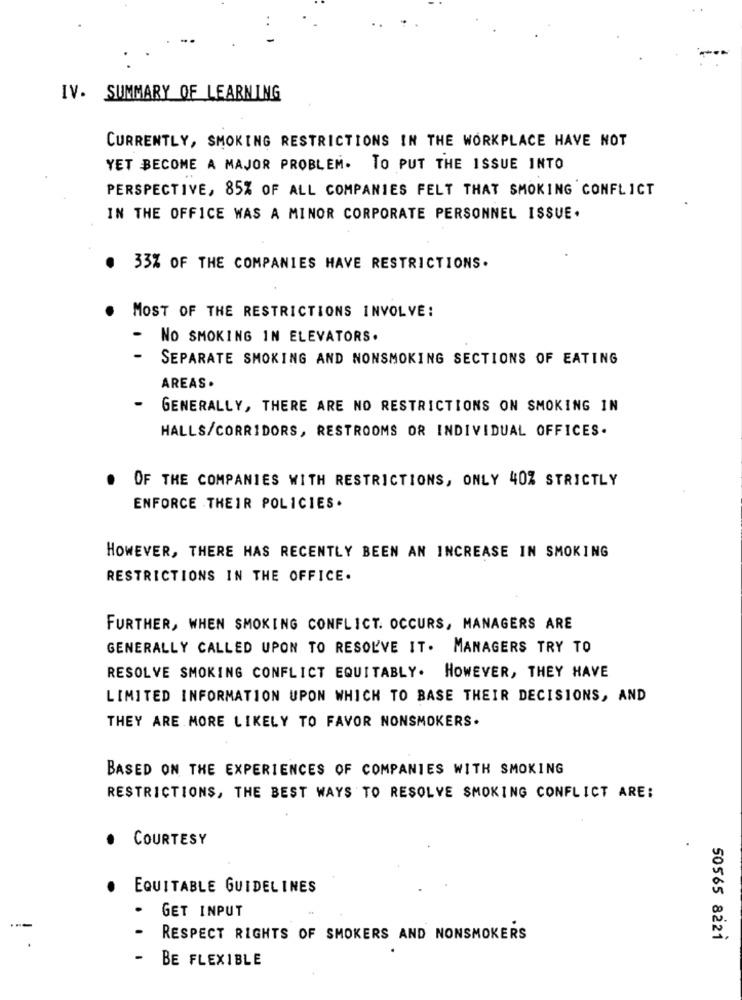
IV. SUMMARY OF LEARNING
CURRENTLY, SMOKING RESTRICTIONS IN THE WORKPLACE HAVE NOT
YET BECOME A MAJOR PROBLEM. TO PUT THE ISSUE INTO
PERSPECTIVE, 85% OF ALL COMPANIES FELT THAT SMOKING CONFLICT
IN THE OFFICE WAS A MINOR CORPORATE PERSONNEL ISSUE.
33% OF THE COMPANIES HAVE RESTRICTIONS.
MOST OF THE RESTRICTIONS INVOLVE:
-
NO SMOKING IN ELEVATORS.
-
SEPARATE SMOKING AND NONSMOKING SECTIONS OF EATING
AREAS.
GENERALLY, THERE ARE NO RESTRICTIONS ON SMOKING IN
HALLS/CORRIDORS, RESTROOMS OR INDIVIDUAL OFFICES.
OF THE COMPANIES WITH RESTRICTIONS, ONLY 40% STRICTLY
ENFORCE THEIR POLICIES .
HOWEVER, THERE HAS RECENTLY BEEN AN INCREASE IN SMOKING
RESTRICTIONS IN THE OFFICE.
FURTHER, WHEN SMOKING CONFLICT. OCCURS, MANAGERS ARE
GENERALLY CALLED UPON TO RESOLVE IT. MANAGERS TRY TO
RESOLVE SMOKING CONFLICT EQUITABLY.
HOWEVER, THEY HAVE
LIMITED INFORMATION UPON WHICH TO BASE THEIR DECISIONS, AND
THEY ARE MORE LIKELY TO FAVOR NONSMOKERS.
BASED ON THE EXPERIENCES OF COMPANIES WITH SMOKING
RESTRICTIONS, THE BEST WAYS TO RESOLVE SMOKING CONFLICT ARE:
COURTESY
EQUITABLE GUIDELINES
GET INPUT
-
RESPECT RIGHTS OF SMOKERS AND NONSMOKERS
50565 8221
.
-
BE FLEXIBLE